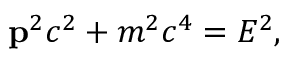
\mathbf { p } ^ { 2 } c ^ { 2 } + m ^ { 2 } c ^ { 4 } = E ^ { 2 } ,